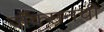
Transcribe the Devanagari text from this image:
जॅक्सनची